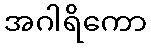
အဂါရိကော